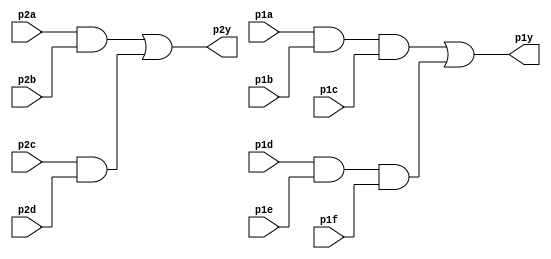
module top_module ( 
    input p1a, p1b, p1c, p1d, p1e, p1f,
    output p1y,
    input p2a, p2b, p2c, p2d,
    output p2y );
    wire w1a,w1b;
    assign w1a=p1a&p1b&p1c;
    assign w1b=p1d&p1e&p1f;
    assign p1y=w1a|w1b;
    wire w2a,w2b;
    assign w2a=p2a&p2b;
    assign w2b=p2c&p2d;
    assign p2y=w2a|w2b;
endmodule